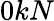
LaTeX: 0kN